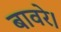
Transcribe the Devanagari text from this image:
बावरे।